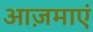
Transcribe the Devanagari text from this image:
आज़माएं